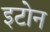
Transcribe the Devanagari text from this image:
इटोन